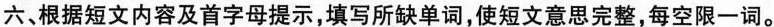
六、根据短文内容及首字母提示,填写所缺单词,使短文意思完整,每空限一词。